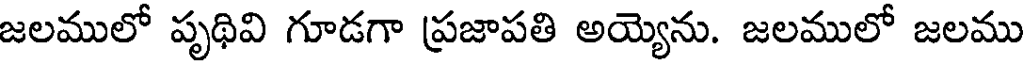
జలములో పృథివి గూడగా ప్రజాపతి అయ్యెను. జలములో జలము